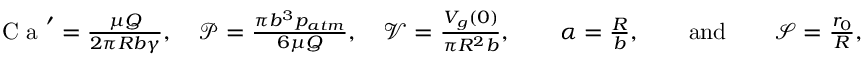
\begin{array} { r } { \textrm { C a } ^ { \prime } = \frac { \mu Q } { 2 \pi R b \gamma } , \quad \mathcal { P } = \frac { \pi b ^ { 3 } p _ { a t m } } { 6 \mu Q } , \quad \mathcal { V } = \frac { V _ { g } ( 0 ) } { \pi R ^ { 2 } b } , \qquad \alpha = \frac { R } { b } , \qquad \mathrm { a n d } \qquad \mathcal { S } = \frac { r _ { 0 } } { R } , } \end{array}